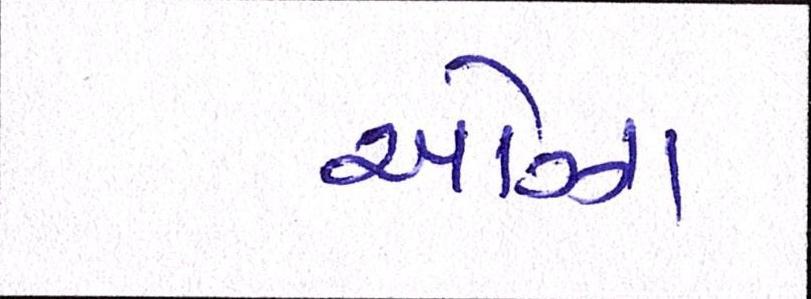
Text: ઓઝા